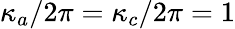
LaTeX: \kappa_{a}/2\pi=\kappa_{c}/2\pi=1